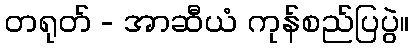
တရုတ် - အာဆီယံ ကုန်စည်ပြပွဲ။